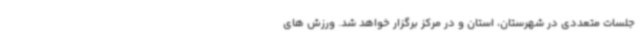
جلسات متعددی در شهرستان، استان و در مرکز برگزار خواهد شد. ورزش های